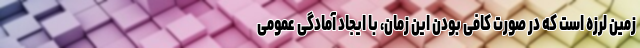
زمین لرزه است که در صورت کافی بودن این زمان، با ایجاد آمادگی عمومی